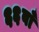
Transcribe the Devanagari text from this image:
६६वाँ